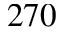
2 7 0